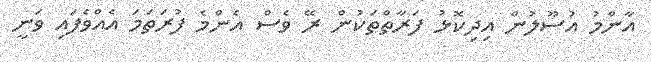
އާންމު އުސޫލުން އިދިކޮޅު ފަރާތްތަކުން ރޭ ވެސް އެންމެ ފުރަތަމަ އެއްވެފައި ވަނީ